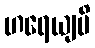
ဟရေယျပိ